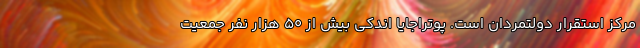
مرکز استقرار دولتمردان است. پوتراجایا اندکی بیش از 50 هزار نفر جمعیت